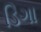
ડિગા